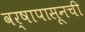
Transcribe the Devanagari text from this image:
वर्षापासूनची